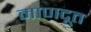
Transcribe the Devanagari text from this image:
माणदूत